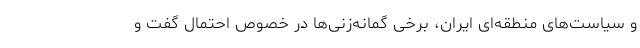
و سیاست‌های منطقه‌ای ایران، برخی گمانه‌زنی‌ها در خصوص احتمال گفت و